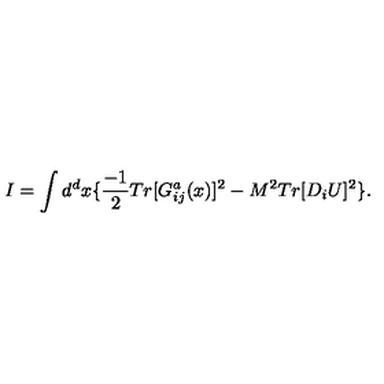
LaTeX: I = \int d ^ { d } x \{ \frac { - 1 } { 2 } T r [ G _ { i j } ^ { a } ( x ) ] ^ { 2 } - M ^ { 2 } T r [ D _ { i } U ] ^ { 2 } \} .